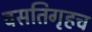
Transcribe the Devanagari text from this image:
वसतिगृहच